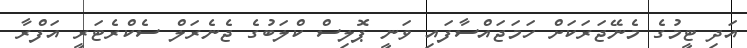
އަދި ޓީމުގެ މެނޭޖަރަކަށް ހަމަޖައްސާފައި ވަނީ ޕޮލިސް ކްލަބުގެ ޖެނެރަލް ސެކްރެޓަރީ އަފްރާ